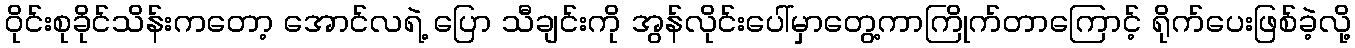
ဝိုင်းစုခိုင်သိန်းကတော့ အောင်လရဲ့ ပြော သီချင်းကို အွန်လိုင်းပေါ်မှာတွေ့ကာကြိုက်တာကြောင့် ရိုက်ပေးဖြစ်ခဲ့လို့